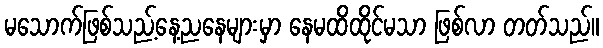
မသောက်ဖြစ်သည့်နေ့ညနေများမှာ နေမထိထိုင်မသာ ဖြစ်လာ တတ်သည်။